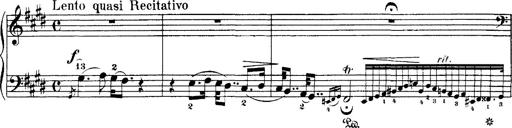
Title: Hungarian Rhapsody No.1
Composer: Franz Liszt
Key: C-sharp minor